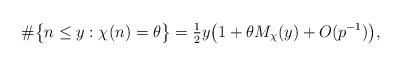
LaTeX: \begin{align*}\#\big\{n\le y:\chi(n)=\theta\big\}=\tfrac12y\big(1+\theta M_\chi(y)+O(p^{-1})\big),\end{align*}